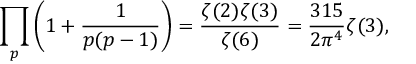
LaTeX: \prod _ { p } \left( 1 + { \frac { 1 } { p ( p - 1 ) } } \right) = { \frac { \zeta ( 2 ) \zeta ( 3 ) } { \zeta ( 6 ) } } = { \frac { 3 1 5 } { 2 \pi ^ { 4 } } } \zeta ( 3 ) ,